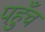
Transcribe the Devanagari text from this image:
पह़ुँच